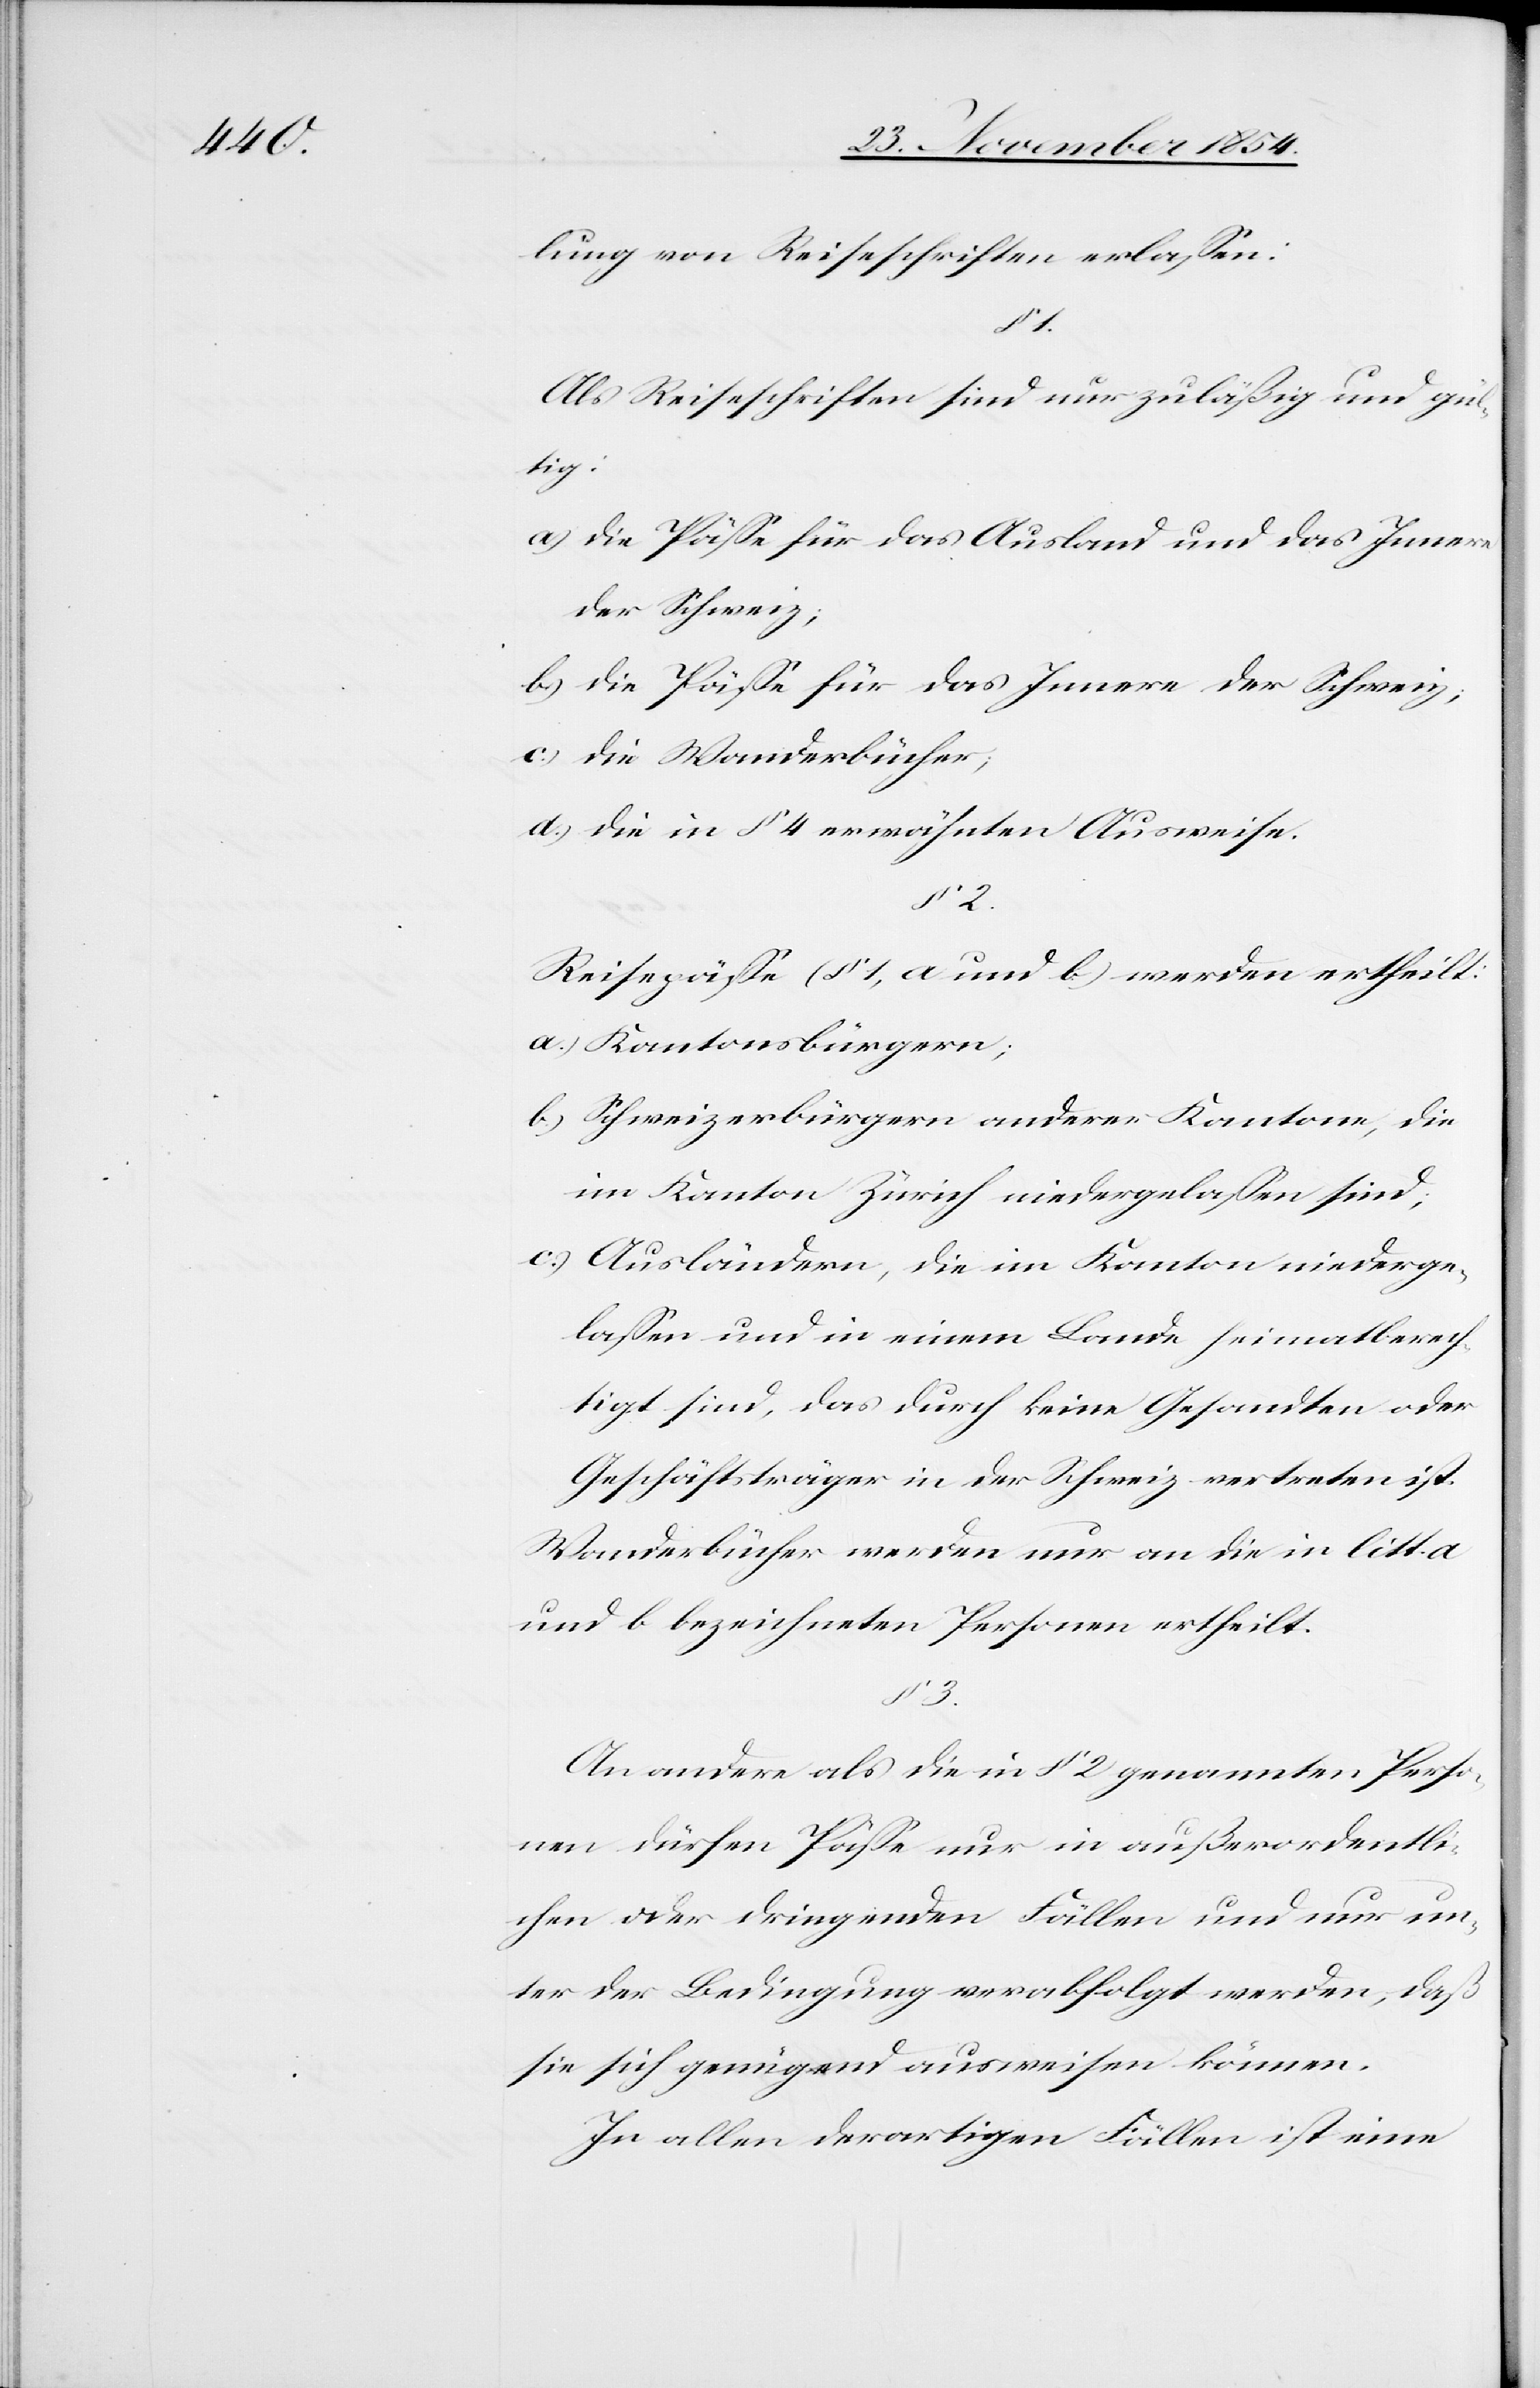
lung von Reiseschriften erlaßen:
3.
Als Reiseschriften sind nur zuläßig und gü¬
ltig:
a.) die Päße für das Ausland und das Innere
der Schweiz;
b.) die Päße für das Innere der Schweiz;
c.) die Wanderbücher;
d.) die in § 4 erwähnten Ausweise.
Reisepäße (§ 1, a und b) werden ertheilt:
a.) Kantonsbürgern;
b.) Schweizerbürgern anderer Kantone, die
im Kanton Zürich niedergelaßen sind;
c.) Ausländern, die im Kanton niederge¬
laßen und in einem Lande heimatberech¬
tigt sind, das durch keine Gesandten oder
Geschäftsträger in der Schweiz vertreten ist.
Wanderbücher werden nur an die in litt.
und b bezeichneten Personen ertheilt.
An andere als die in § 2 genannten Perso¬
nen dürfen Päße nur in außerordentli¬
chen oder dringenden Fällen und nur un¬
ter der Bedingung verabfolgt werden, daß
sie sich genügend ausweisen können.
In allen derartigen Fällen ist eine